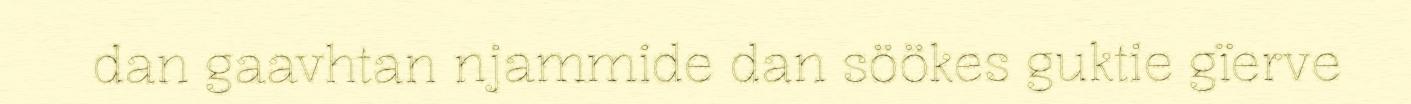
dan gaavhtan njammide dan söökes guktie gïerve